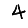
Digit: 4